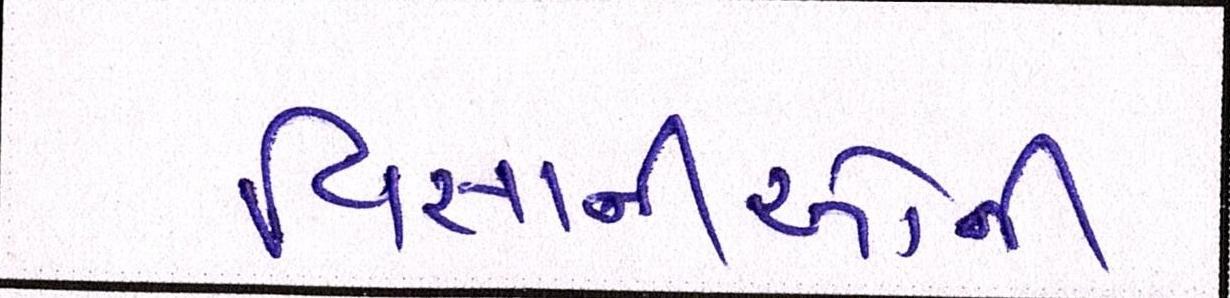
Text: વિજ્ઞાનીઓની